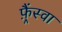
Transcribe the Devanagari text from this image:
फ़्रैंस्वा